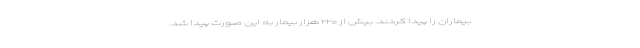
بیماران را پیدا کردند. بیش از ۲۲۰ هزار بیمار به این صورت پیدا شد.